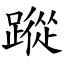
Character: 蹤